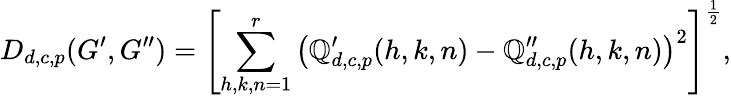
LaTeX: D_{d,c,p}(G^{\prime},G^{\prime\prime})=\left[\sum_{h,k,n=1}^{r}\left(\mathbb{Q}_{d,c,p}^{\prime}(h,k,n)-\mathbb{Q}_{d,c,p}^{\prime\prime}(h,k,n)\right)^{2}\right]^{\frac{{1}}{{2}}},